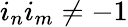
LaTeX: i_{n}i_{m}\neq-1